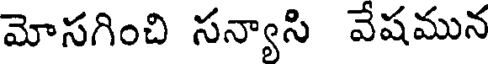
మోసగించి సన్యాసి వేషమున